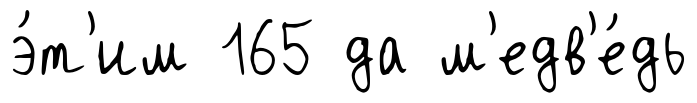
э́т'им 165 да м'едв'е́дь